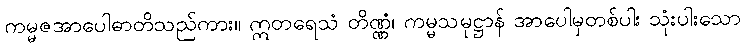
ကမ္မဇအာပေါဓာတိသည်ကား။ ဣတရေသံ တိဏ္ဏံ၊ ကမ္မသမုဋ္ဌာန် အာပေါမှတစ်ပါး သုံးပါးသော